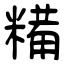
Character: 糒